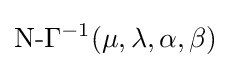
{\text{N-}}\Gamma ^{-1}(\mu ,\lambda ,\alpha ,\beta )